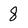
Character: 8